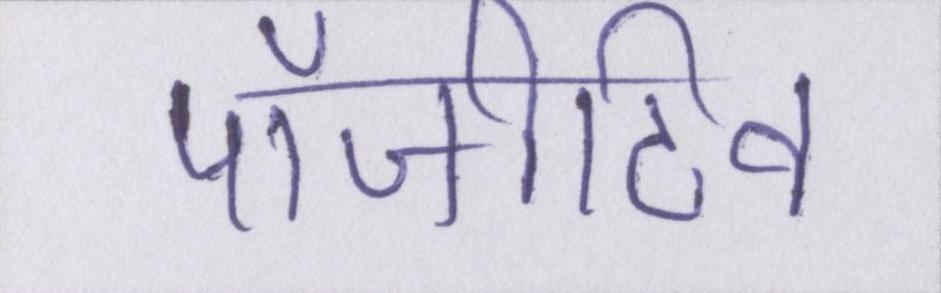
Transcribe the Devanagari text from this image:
पॉजीटिव